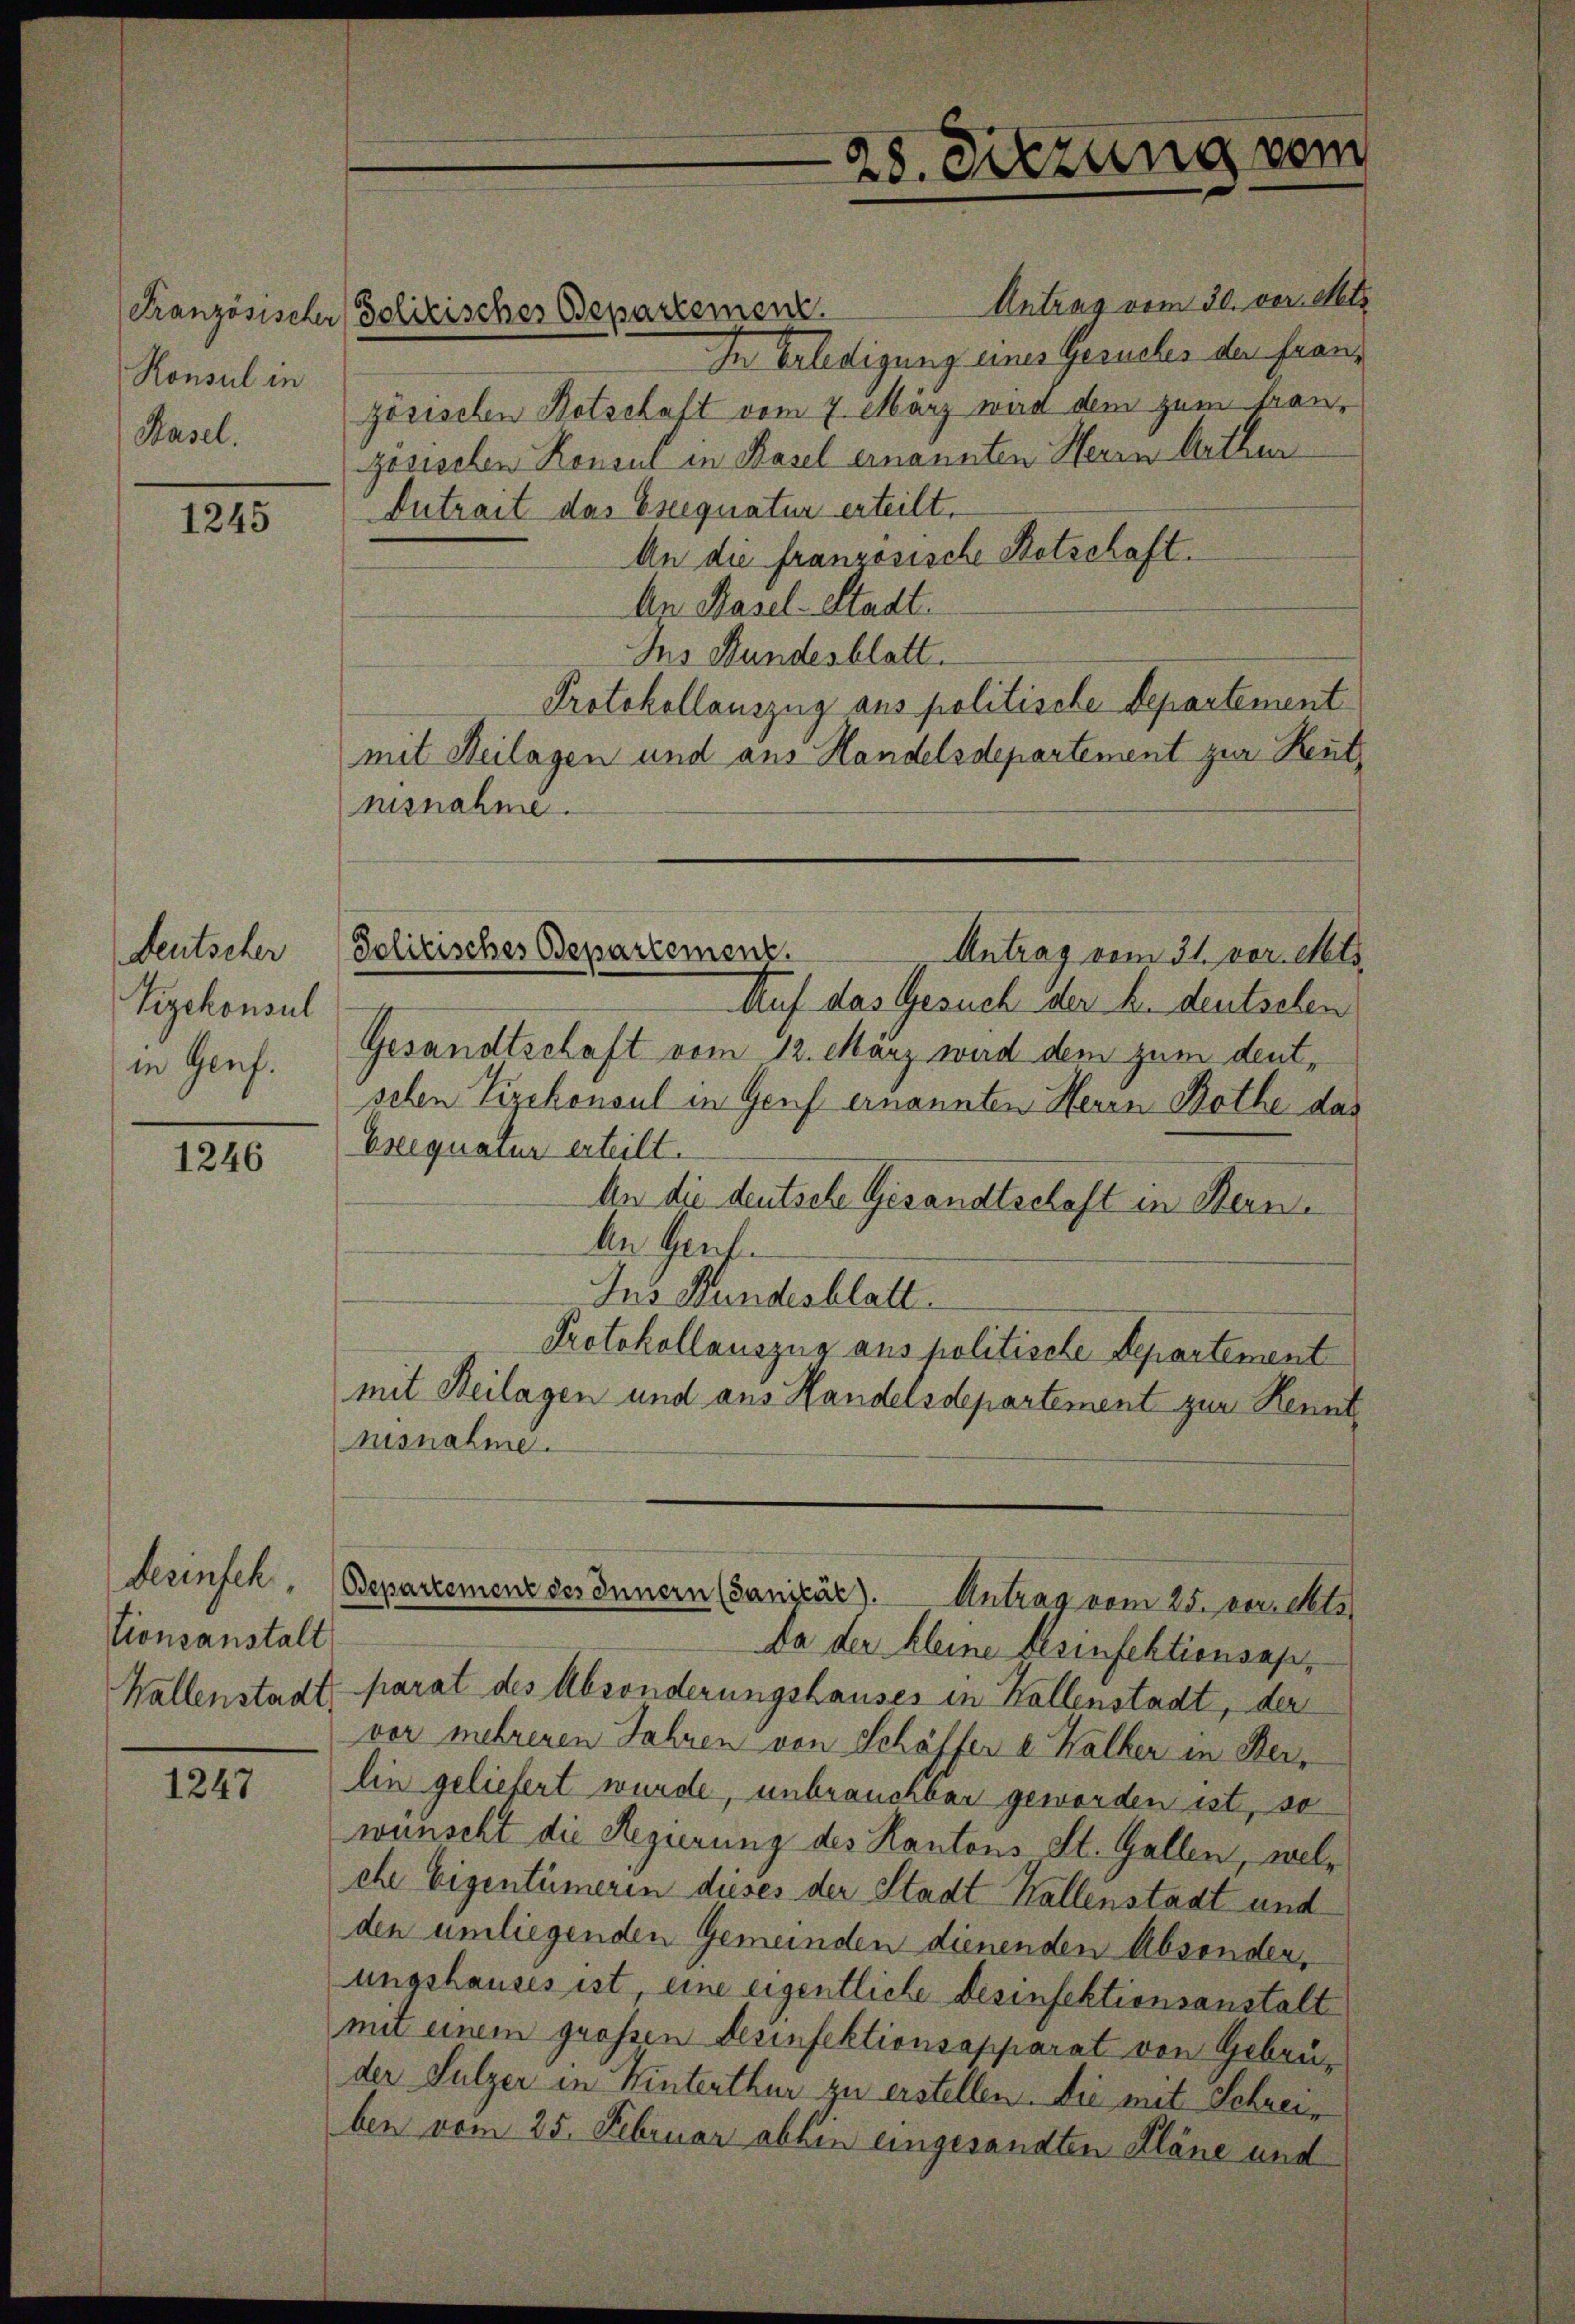
Ronsul in
Basel.

1245

Deutscher
Vizekonsul
in Genf.

1246

derinsch.
tionsanstalt

1247

Antrag vom 30. der Metz
In Erledigung eines Gesuches der Franz
zösischen Notschaft vom 7. März wird dem zum tranzösischen Konsul in Basel ernannten Herrn Arthur
Eutrait das Eseequatur erteilt.
An die französische Retschaft.
An Basel-Stadt.
Ins Hundesblatt.
Protokollauszug aus politische Departement
mit Heilagen und aus Handelsdepartement zur Reutnisnahme.
Politisches Departement.
Antrag vom 31. vor. Mts.
Auf das Gesuch der B. deutschen
Gesandtschaft vom 12. März wird dem zum deutsehen Vizekonsul in Genf ernannten Herrn Bothe das
Ereequatur erteilt.
An die deutsche Gesandtschaft in Bern.
An Genf.
Ins Wundesblatt.
Protokollauszug aus politische Departement
mit Beilagen und aus Handelsdepartement zur Rennt,
nusnahme.

Französischer Polizisches Departement.

28. Diezung vom

Bepartemenz des Innern (Tanizär. Antrag vom 25. verletz

Da der kleine Gesinfektionsap¬
Wallenstadt, parat des Absonderungshauses in Kollenstadt, der
vor mehreren Jahren von Schäffer a. Walker in Kerlin geliefert wurde, unbrauchbar geworden ist, so
wünscht die Regierung des Kantons St. Gallen, welche Eigentümerin dieses der Stadt Hallenstadt und
den umliegenden Gemeinden dienenden Absenden,
ungshauses ist eine eigentliche desinfektionsanstalt
mit einem grossen Desinfektionsapparat von Gebrüder Sulzer in Winterthur zu erstellen. Die mit Schreiben vom 25. Februar abhin eingesandten Kläne und